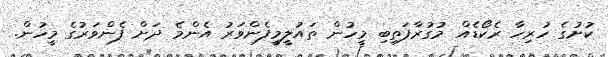
ކުށުގެ ހުރިހާ ރެކޯޑެއް މުގުރާފަތިބި މީހުން ތައުލީމީފެންވަރު އެންމެ ދަށް ފެންވަރުގެ މީހުން.